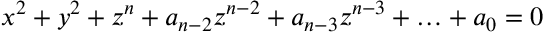
x ^ { 2 } + y ^ { 2 } + z ^ { n } + a _ { n - 2 } z ^ { n - 2 } + a _ { n - 3 } z ^ { n - 3 } + \ldots + a _ { 0 } = 0